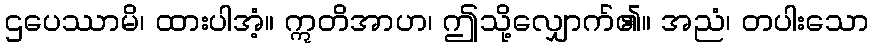
ဌပေဿာမိ၊ ထားပါအံ့။ ဣတိအာဟ၊ ဤသို့လျှောက်၏။ အညံ၊ တပါးသော